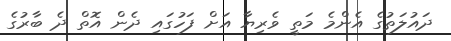
ދައުލަތުގެ އެންމެ މަތީ ވެރިޔާ އަށް ފަހުގައި ދެން އޮތް ދެ ބާރުގެ